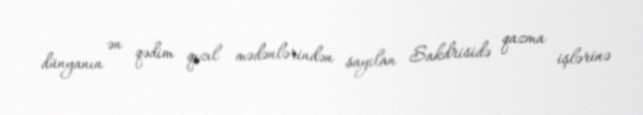
dünyanın ən qədim qızıl mədənlərindən sayılan Sakdrisidə qazma işlərinə